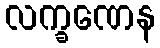
လက္ခဏေန